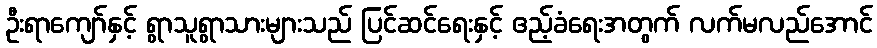
ဦးရာကျော်နှင့် ရွာသူရွာသားများသည် ပြင်ဆင်ရေးနှင့် ဧည့်ခံရေးအတွက် လက်မလည်အောင်